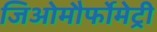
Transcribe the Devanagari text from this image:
जिओमौर्फोमेट्री